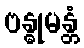
ဗန္ဓုမန္တံ